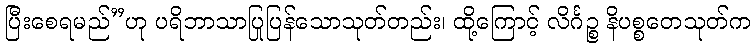
ပြီးစေရမည်”ဟု ပရိဘာသာပြုပြန်သောသုတ်တည်း၊ ထို့ကြောင့် လိင်္ဂဉ္စ နိပစ္စတေသုတ်က